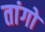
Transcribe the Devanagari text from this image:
तांगो